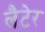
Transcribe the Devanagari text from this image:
लैटेर